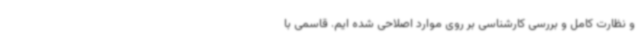
و نظارت کامل و بررسی کارشناسی بر روی موارد اصلاحی شده ایم. قاسمی با